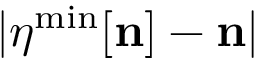
| { \boldsymbol \eta } ^ { \mathrm { { m i n } } } [ { \bf n } ] - { \bf n } |